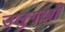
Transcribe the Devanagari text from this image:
उलुगख़ाँ